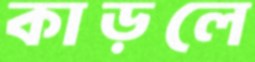
কাড়লে